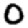
Digit: 0